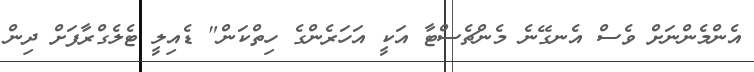
އެންމެންނަށް ވެސް އެނގޭނެ މެންޗެސްޓާ އަކީ އަހަރެންގެ ހިތްކަން" ޑެއިލީ ޓެލެގްރާފަށް ދިން